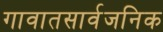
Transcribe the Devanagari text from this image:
गावातसार्वजनिक